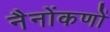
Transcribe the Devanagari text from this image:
नैनोंकणों